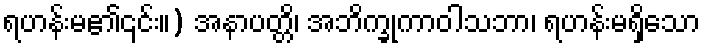
ရဟန်းမ၏၎င်း။) အနာပတ္တိ၊ အဘိက္ခုကာဝါသဘာ၊ ရဟန်းမရှိသော